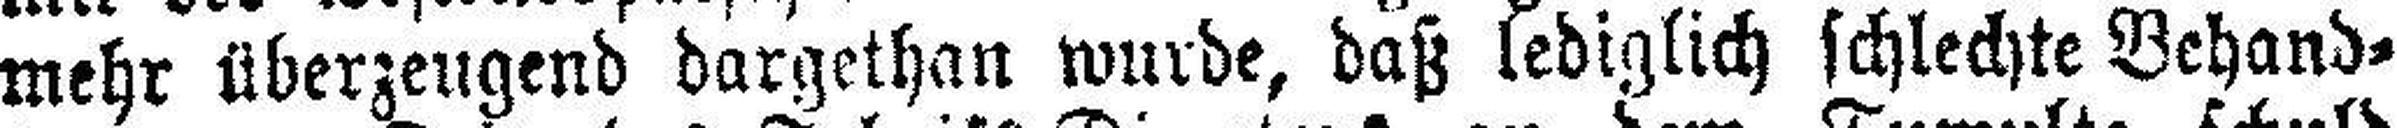
mehr überzeugend dargethan wurde, daß lediglich schlechte Behand¬